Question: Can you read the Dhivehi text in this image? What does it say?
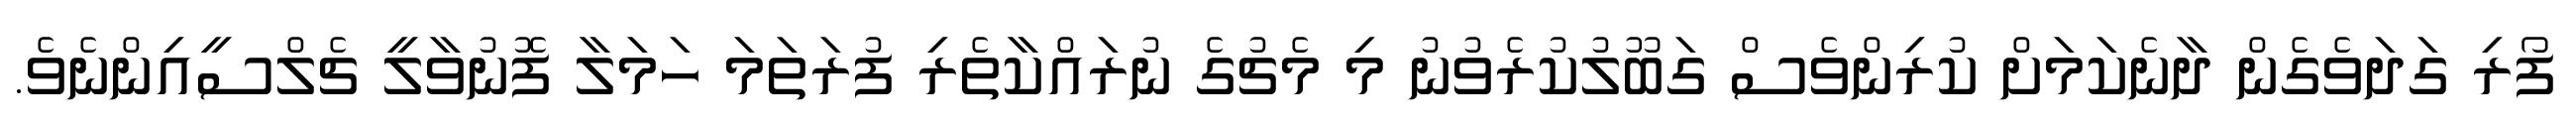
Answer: ފޯރި ގަދަވެގެން ދާނެކަމަށް ކުރިންވެސް ގަބޫލުކުރެވުނު މި މެޗުގެ ނުރައްކާތެރި ފުރަތަމަ ހަމަލާ ފޮނުވާލީ ޗެލްސީއިންނެވެ.